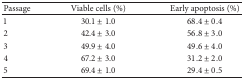
| Passage | Viable cells (%) | Early apoptosis (%) |
 | --- | --- | --- |
 | 1 | 30.1 ± 1.0 | 68.4 ± 0.4 |
 | 2 | 42.4 ± 3.0 | 56.8 ± 3.0 |
 | 3 | 49.9 ± 4.0 | 49.6 ± 4.0 |
 | 4 | 67.2 ± 3.0 | 31.2 ± 2.0 |
 | 5 | 69.4 ± 1.0 | 29.4 ± 0.5 |